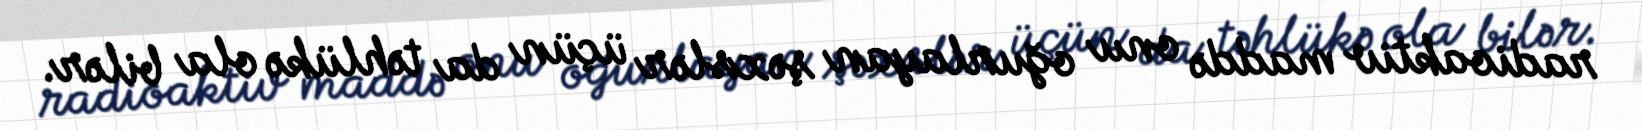
radioaktiv maddə onu oğurlayan şəxslər üçün da təhlükə ola bilər.